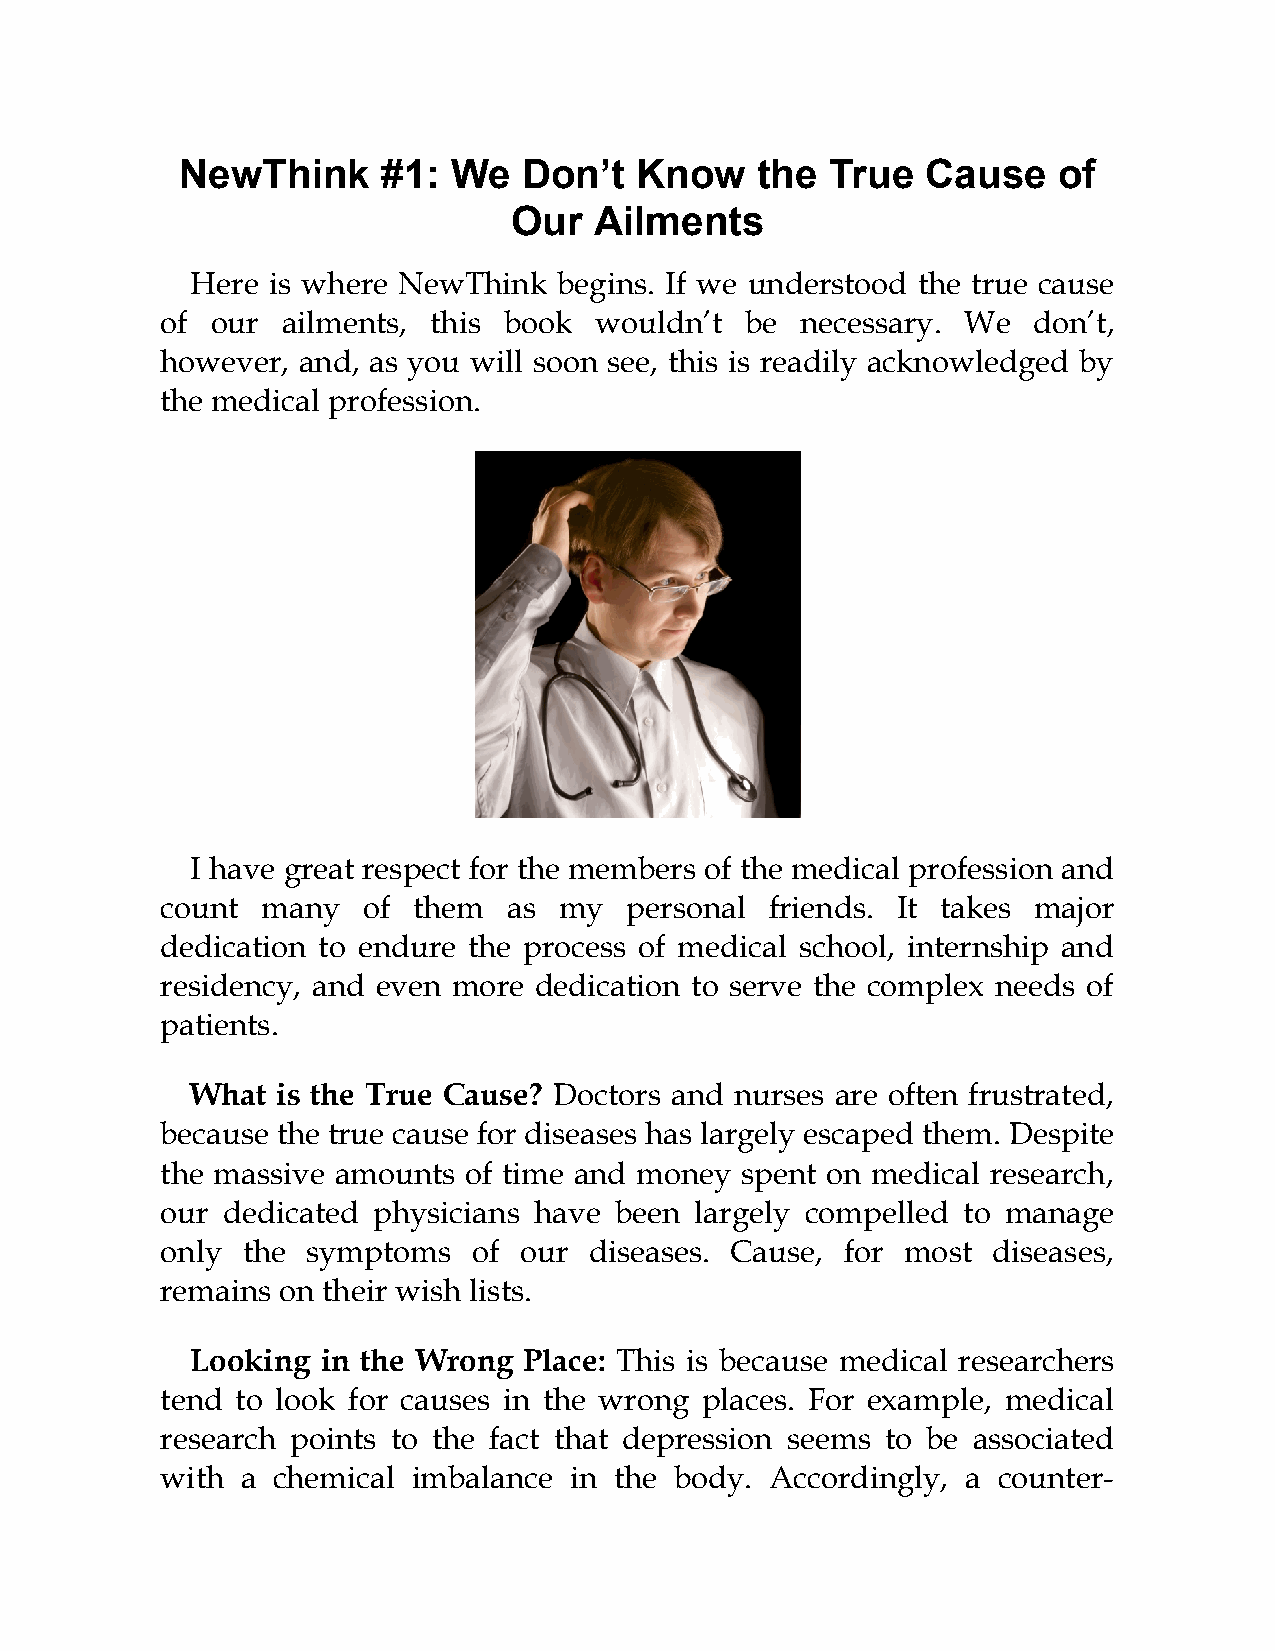
NewThink     #1:  We   Don’t  Know    the  True  Cause    of
 Our  Ailments
 Here is where NewThink  begins. If we understood the true cause
 of our  ailments, this book wouldn’t  be  necessary. We  don’t,
 however, and, as you will soon see, this is readily acknowledged by
 the medical profession.
 I have great respect for the members of the medical profession and
 count many   of them   as my  personal  friends. It takes major
 dedication to endure the process of medical school, internship and
 residency, and even more dedication to serve the complex needs of
 patients.
 What is the True Cause? Doctors and nurses are often frustrated,
 because the true cause for diseases has largely escaped them. Despite
 the massive amounts of time and money spent on medical research,
 our dedicated physicians have been largely compelled to manage
 only the symptoms   of our  diseases. Cause, for most  diseases,
 remains on their wish lists.
 Looking in the Wrong  Place: This is because medical researchers
 tend to look for causes in the wrong places. For example, medical
 research points to the fact that depression seems to be associated
 with a chemical imbalance  in the body. Accordingly, a counter-